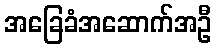
အခြေခံအဆောက်အဦ